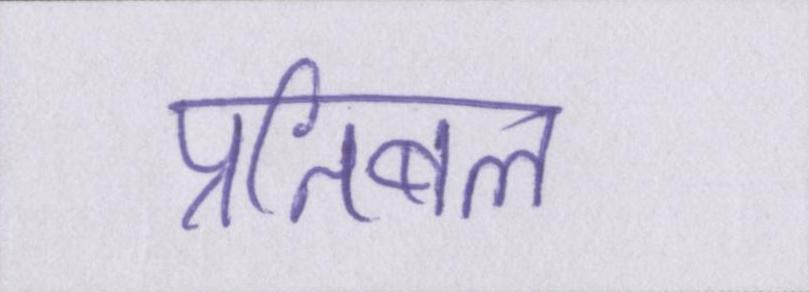
प्रतिबल